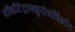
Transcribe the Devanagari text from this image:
पॉलीटेट्राफ्लूरोएथिलीन